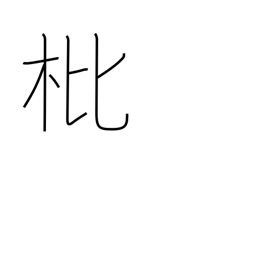
Meaning: loquat